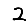
Digit: 2